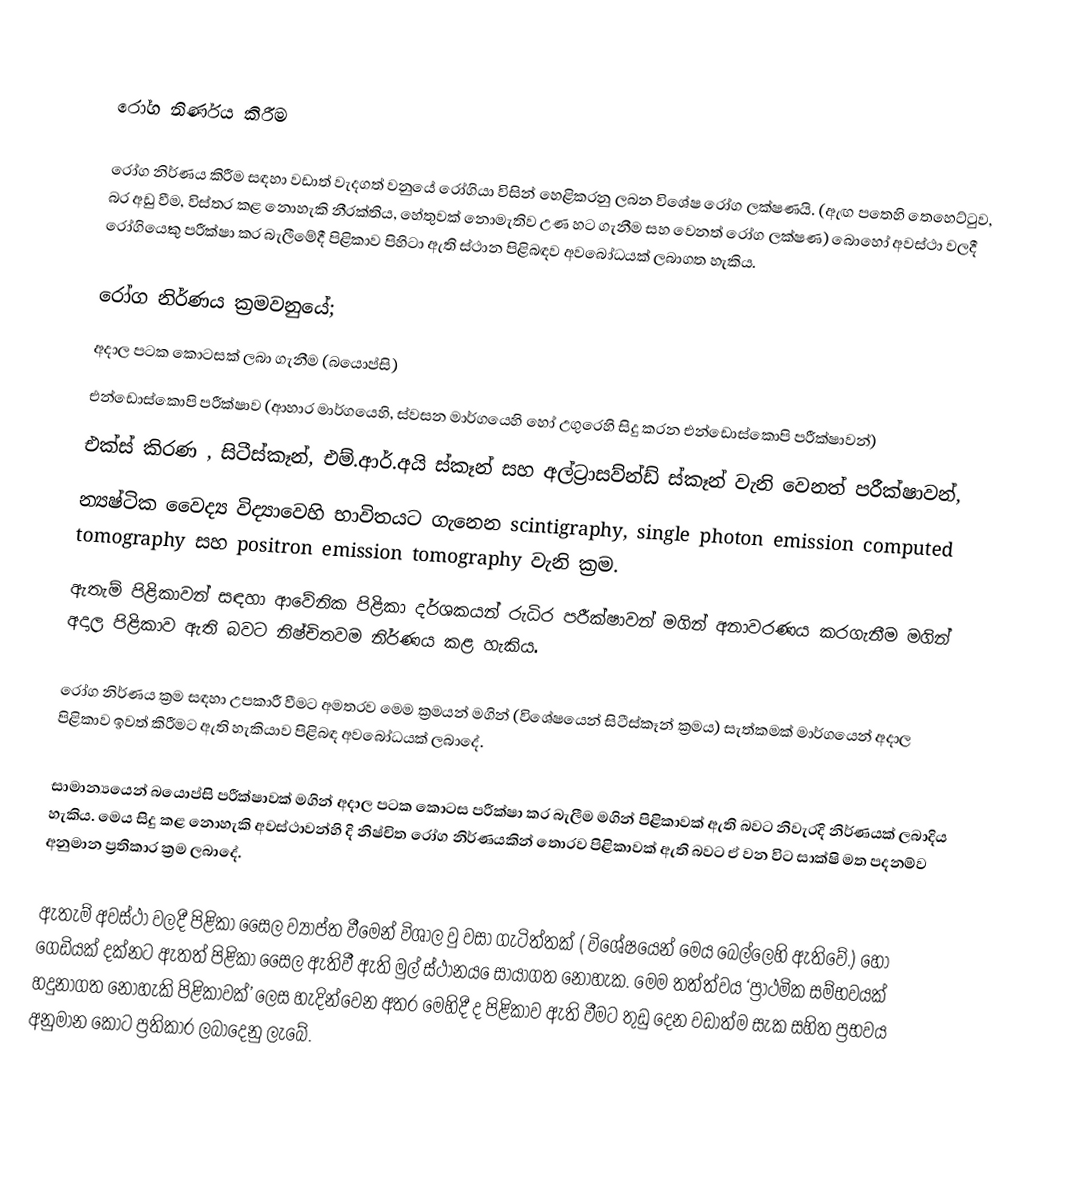

රෝග නිර්ණය කිරීම

රෝග නිර්ණය කිරීම සඳහා වඩාත් වැදගත් වනුයේ රෝගියා විසින් හෙළිකරනු ලබන විශේෂ රෝග ලක්ෂණයි. (ඇඟ පතෙහි තෙහෙට්ටුව, බර අඩු වීම, විස්තර කළ නොහැකි නීරක්තිය, හේතුවක් නොමැතිව උණ හට ගැනීම සහ වෙනත් රෝග ලක්ෂණ) බොහෝ අවස්ථා වලදී රෝගියෙකු පරීක්ෂා කර බැලීමේදී පිළිකාව පිහිටා ඇති ස්ථාන පිළිබඳව අවබෝධයක් ලබාගත හැකිය.

රෝග නිර්ණය ක්‍රමවනුයේ;
	අදාල පටක කොටසක් ලබා ගැනීම (බයොප්සි)
	එන්ඩොස්කොපි පරීක්ෂාව (ආහාර මාර්ගයෙහි, ස්වසන මාර්ගයෙහි හෝ උගුරෙහි සිදු කරන එන්ඩොස්කොපි පරීක්ෂාවන්)
	එක්ස් කිරණ , සිටීස්කෑන්, එම්.ආර්.අයි ස්කෑන් සහ අල්ට්‍රාසව්න්ඩ් ස්කෑන් වැනි වෙනත් පරීක්ෂාවන්,
	න්‍යෂ්ටික වෛද්‍ය විද්‍යාවෙහි භාවිතයට ගැනෙන scintigraphy, single photon emission computed tomography සහ positron emission tomography වැනි ක්‍රම.
	ඇතැම් පිළිකාවන් සඳහා ආවේනික පිළිකා දර්ශකයන් රුධිර පරීක්ෂාවන් මගින් අනාවරණය කරගැනීම මගින් අදාල පිළිකාව ඇති බවට නිෂ්චිතවම නිර්ණය කළ හැකිය.

රෝග නිර්ණය ක්‍රම සඳහා උපකාරී වීමට අමතරව මෙම ක්‍රමයන් මගින් (විශේෂයෙන් සිටීස්කෑන් ක්‍රමය) සැත්කමක් මාර්ගයෙන් අදාල පිළිකාව ඉවත් කිරීමට ඇති හැකියාව පිළිබඳ අවබෝධයක් ලබාදේ.

සාමාන්‍යයෙන් බයොප්සි පරීක්ෂාවක් මගින් අදාල පටක කෙ‍ාටස පරීක්ෂා කර බැලීම මගින් පිළිකාවක් ඇති බවට නිවැරදි නිර්ණයක් ලබාදිය හැකිය. මෙය සිදු කළ නොහැකි අවස්ථාවන්හි දි නිෂ්චිත රෝග නිර්ණයකින් තොරව පිළිකාවක් ඇති බවට ඒ වන විට සාක්ෂි මත පදනම්ව අනුමාන ප්‍රතිකාර ක්‍රම ලබාදේ.

ඇතැම් අවස්ථා වලදී පිළිකා ‍සෛල  ව්‍යාප්ත වීමෙන් විශාල වු වසා ගැටිත්තක් ( විශේෂයෙන් මෙය බෙල්ලෙහි ඇතිවේ.) හෝ ගෙඩියක්  දක්නට ඇතත් පිළිකා සෛල ඇතිවී ඇති මුල් ස්ථානය ‍ෙසායාගත නොහැක. මෙම තත්ත්වය ‘ප්‍රාථමික සම්භවයක් හදුනාගත නොහැකි පිළිකාවක්’ ලෙස හැදින්වෙන අතර මෙහිදී ද පිළිකාව ඇති වීමට තුඩු දෙන වඩාත්ම සැක සහිත ප්‍රභවය අනුමාන කොට ප්‍රතිකාර ලබාදෙනු  ලැබේ.